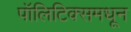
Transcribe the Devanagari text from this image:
पॉलिटिक्समधून